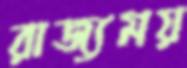
রাজ্যময়